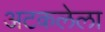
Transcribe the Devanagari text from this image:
अटकलेला